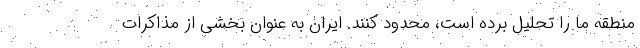
منطقه ما را تحلیل برده است، محدود کنند. ایران به عنوان بخشی از مذاکرات